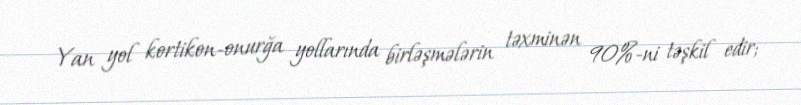
Yan yol kortikon-onurğa yollarında birləşmələrin təxminən 90%-ni təşkil edir;